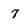
Character: 7